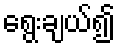
ရွေးချယ်၍